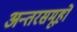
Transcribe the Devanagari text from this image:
अन्तरसमूहों